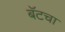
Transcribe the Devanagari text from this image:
बॅटचा